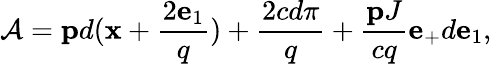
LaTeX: {\cal A}={\mathbf p}d({\mathbf x}+\frac{2{\mathbf e}_{1}}{q})+\frac{2cd\pi}{q}+\frac{{\mathbf pJ}}{cq}{\mathbf e}_{+}d{\mathbf e}_{1},